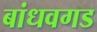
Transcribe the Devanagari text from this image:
बांधवगड